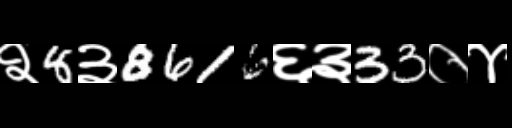
Text: २8३8616६३33०४